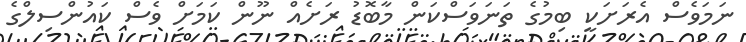
ނަމަވެސް އެރަށަކީ ބިމުގެ ތަނަވަސްކަން މާބޮޑު ރަށެއް ނޫން ކަމަށް ވެސް ކައުންސިލްގެ